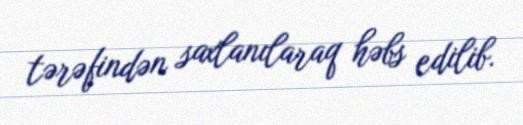
tərəfindən saxlanılaraq həbs edilib.